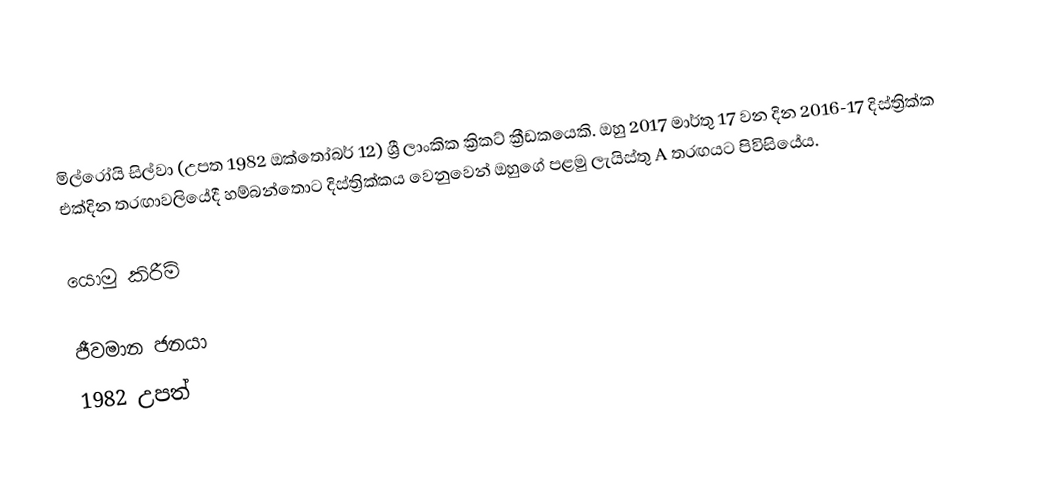
මිල්රෝයි සිල්වා (උපත 1982 ඔක්තෝබර් 12) ශ්‍රී ලාංකික ක්‍රිකට් ක්‍රීඩකයෙකි. ඔහු 2017 මාර්තු 17 වන දින 2016-17 දිස්ත්‍රික්ක එක්දින තරඟාවලියේදී හම්බන්තොට දිස්ත්‍රික්කය වෙනුවෙන් ඔහුගේ පළමු ලැයිස්තු A තරඟයට පිවිසියේය.

යොමු කිරීම්

ජීවමාන ජනයා
1982 උපත්